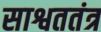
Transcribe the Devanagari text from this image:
साश्वततंत्र